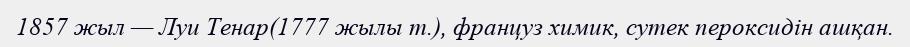
1857 жыл — Луи Тенар(1777 жылы т.), француз химик, сутек пероксидін ашқан.